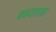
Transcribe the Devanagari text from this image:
बबयलान